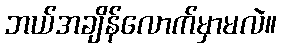
ဘယ်အချိန်လောက်မှာမလဲ။